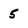
Character: 5